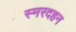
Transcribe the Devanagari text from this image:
स्मरदहन